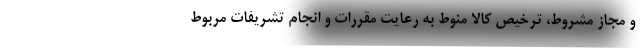
و مجاز مشروط، ترخیص کالا منوط به رعایت مقررات و انجام تشریفات مربوط